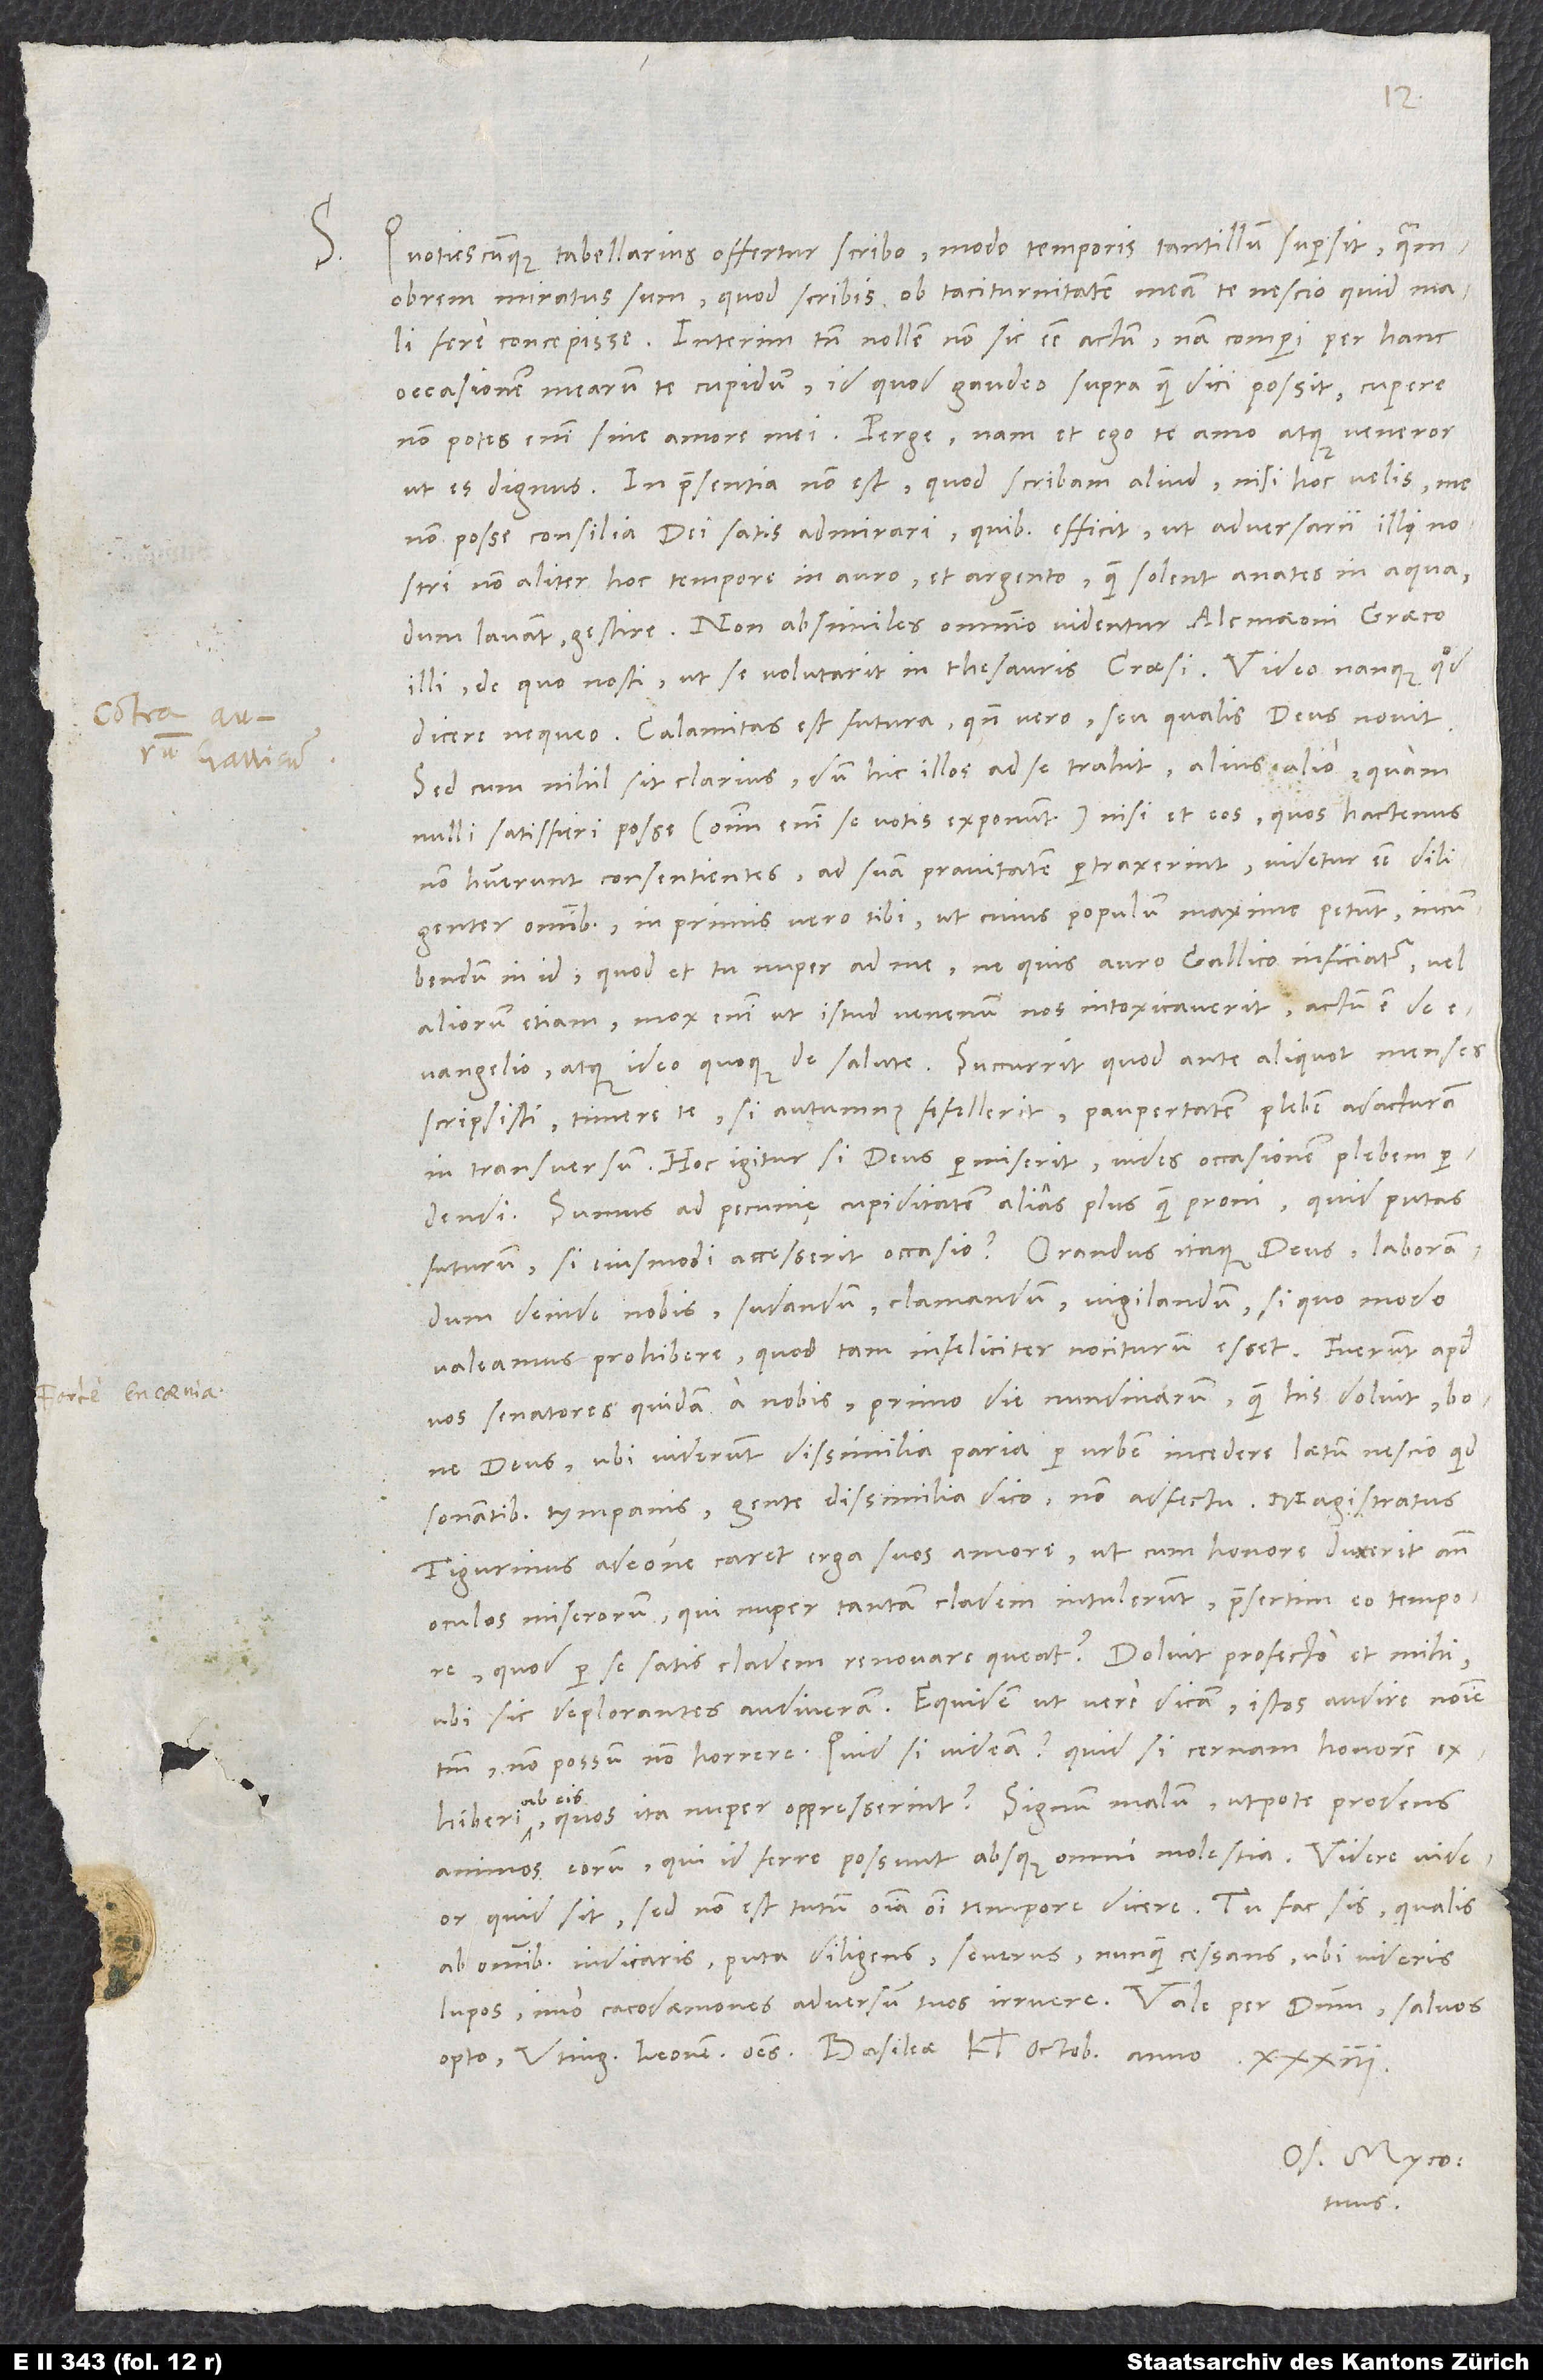
S.

33.
Quotiescunque tabellarius offertur, scribo, modo temporis tantillum supersit. Quamobrem
miratus sum, quod scribis ob taciturnitatem meam te nescio quid mali
fere concepisse. Interim tamen nollem non sic esse actum. Nam comperi per hanc
occasionem mearum te cupidum, id quod gaudeo supra quam dici possit. Cupere
non potes enim sine amore mei. Perge. Nam et ego te amo atque veneror,
non posse consilia dei satis admirari, quibus efficit, ut adversarii illi nostri
non aliter hoc tempore in auro et argento, quam Solent anates in aqua,
dum lavant, gestire. Non absimiles omnino videntur Alcrnaeoni graeco
illi, de quo nosti, ut se volutarit in thesauris Croesi. Video nanque, quod
dicere nequeo. Calamitas est futura, quando vero seu qualis, deus novit.
Sed cum nihil sit clarius, dum hic illos ad se trahit, alius alio, quam
nulli satisfieri posse - omnium enim se votis exponunt -, nisi et eos, quos hactenus
non habuerunt consentientes, ad suam pravitatem pertraxerint, videtur esse diligenter
omnibus, in primis vero tibi, ut cuius populum maxime petunt, incumbendum
in id, quod et tu nuper ad me, ne quis auro gallico inficiatur vel
aliorum etiam. Mox enim ut istud venenum nos intoxicaverit, actum est de
evangelio atque ideo quoque de salute. Succurrit, quod ante aliquot menses
scripsisti, timere te, si autumnus fefellerit, paupertatem plebem adacturam
in transversum. Hoc igitur si deus permiserit, vides occasionem plebem
Sumus ad pecunię cupiditatem alias plus quam proni. Quid putas
futurum, si eiusmodi accesserit occasio? Orandus itaque deus, laborandum
deinde nobis, sudandum, clamandum, vigilandum, si quo modo
valeamus prohibere, quod tam infeliciter nociturum esset.
vos senatores quidam a nobis primo die nundinarum. Quam his doluit, bone
deus, ubi viderunt dissimilia paria per urbem incedere laetum nescio quid
sonantibus tympanis, gente dissimilia dico, non adfectu. Magistratus
Tigurinus adeone caret erga suos amore, ut cum honore duxerit ante
oculos miserorum, qui nuper tantam cladem intulerunt, praesertim eo tempore,
quod per se satis cladem renovare queat? Doluit profecto et mihi,
ubi sic deplorantes audiveram. Equidem, ut vere dicam, istos audire nomine
non possum non horrere. Quid, si videam? Quid, si cernam honorem
exhiberi ab eis, quos ita nuper oppresserint? Signum malum utpote prodens
animos eorum, qui id ferre possunt absque omni molestia. Videre videor,
quid sit, sed non est tutum omnia omni tempore dicere. Tu fac sis, qualis
ab omnibus iudicaris, puta diligens, severus, nunquam cessans, ubi videris
tuus.